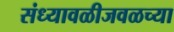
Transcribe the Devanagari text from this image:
संध्यावळीजवळच्या